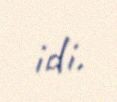
idi.